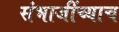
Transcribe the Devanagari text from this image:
संभाजींच्याच